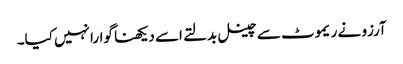
آرزو نے ریموٹ سے چینل بدلتے اسے دیکھنا گوارا نہیں کیا۔